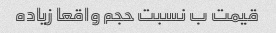
قیمت ب نسبت حجم واقعا زیاده